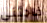
فاجئني